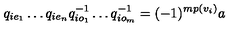
q _ { i e _ { 1 } } \dots q _ { i e _ { n } } q _ { i o _ { 1 } } ^ { - 1 } \dots q _ { i o _ { m } } ^ { - 1 } = ( - 1 ) ^ { m p ( v _ { i } ) } a